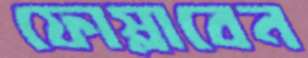
ফোস্‌লাবেন